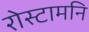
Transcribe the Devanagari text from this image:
रोस्टामनि